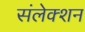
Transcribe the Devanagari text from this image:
संलेक्शन